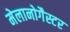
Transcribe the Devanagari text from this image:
मेलानोगैस्टर